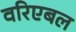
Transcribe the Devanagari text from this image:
वरिएबल